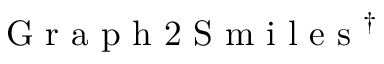
\mathrm { ~ G ~ r ~ a ~ p ~ h ~ 2 ~ S ~ m ~ i ~ l ~ e ~ s ~ } ^ { \dagger }